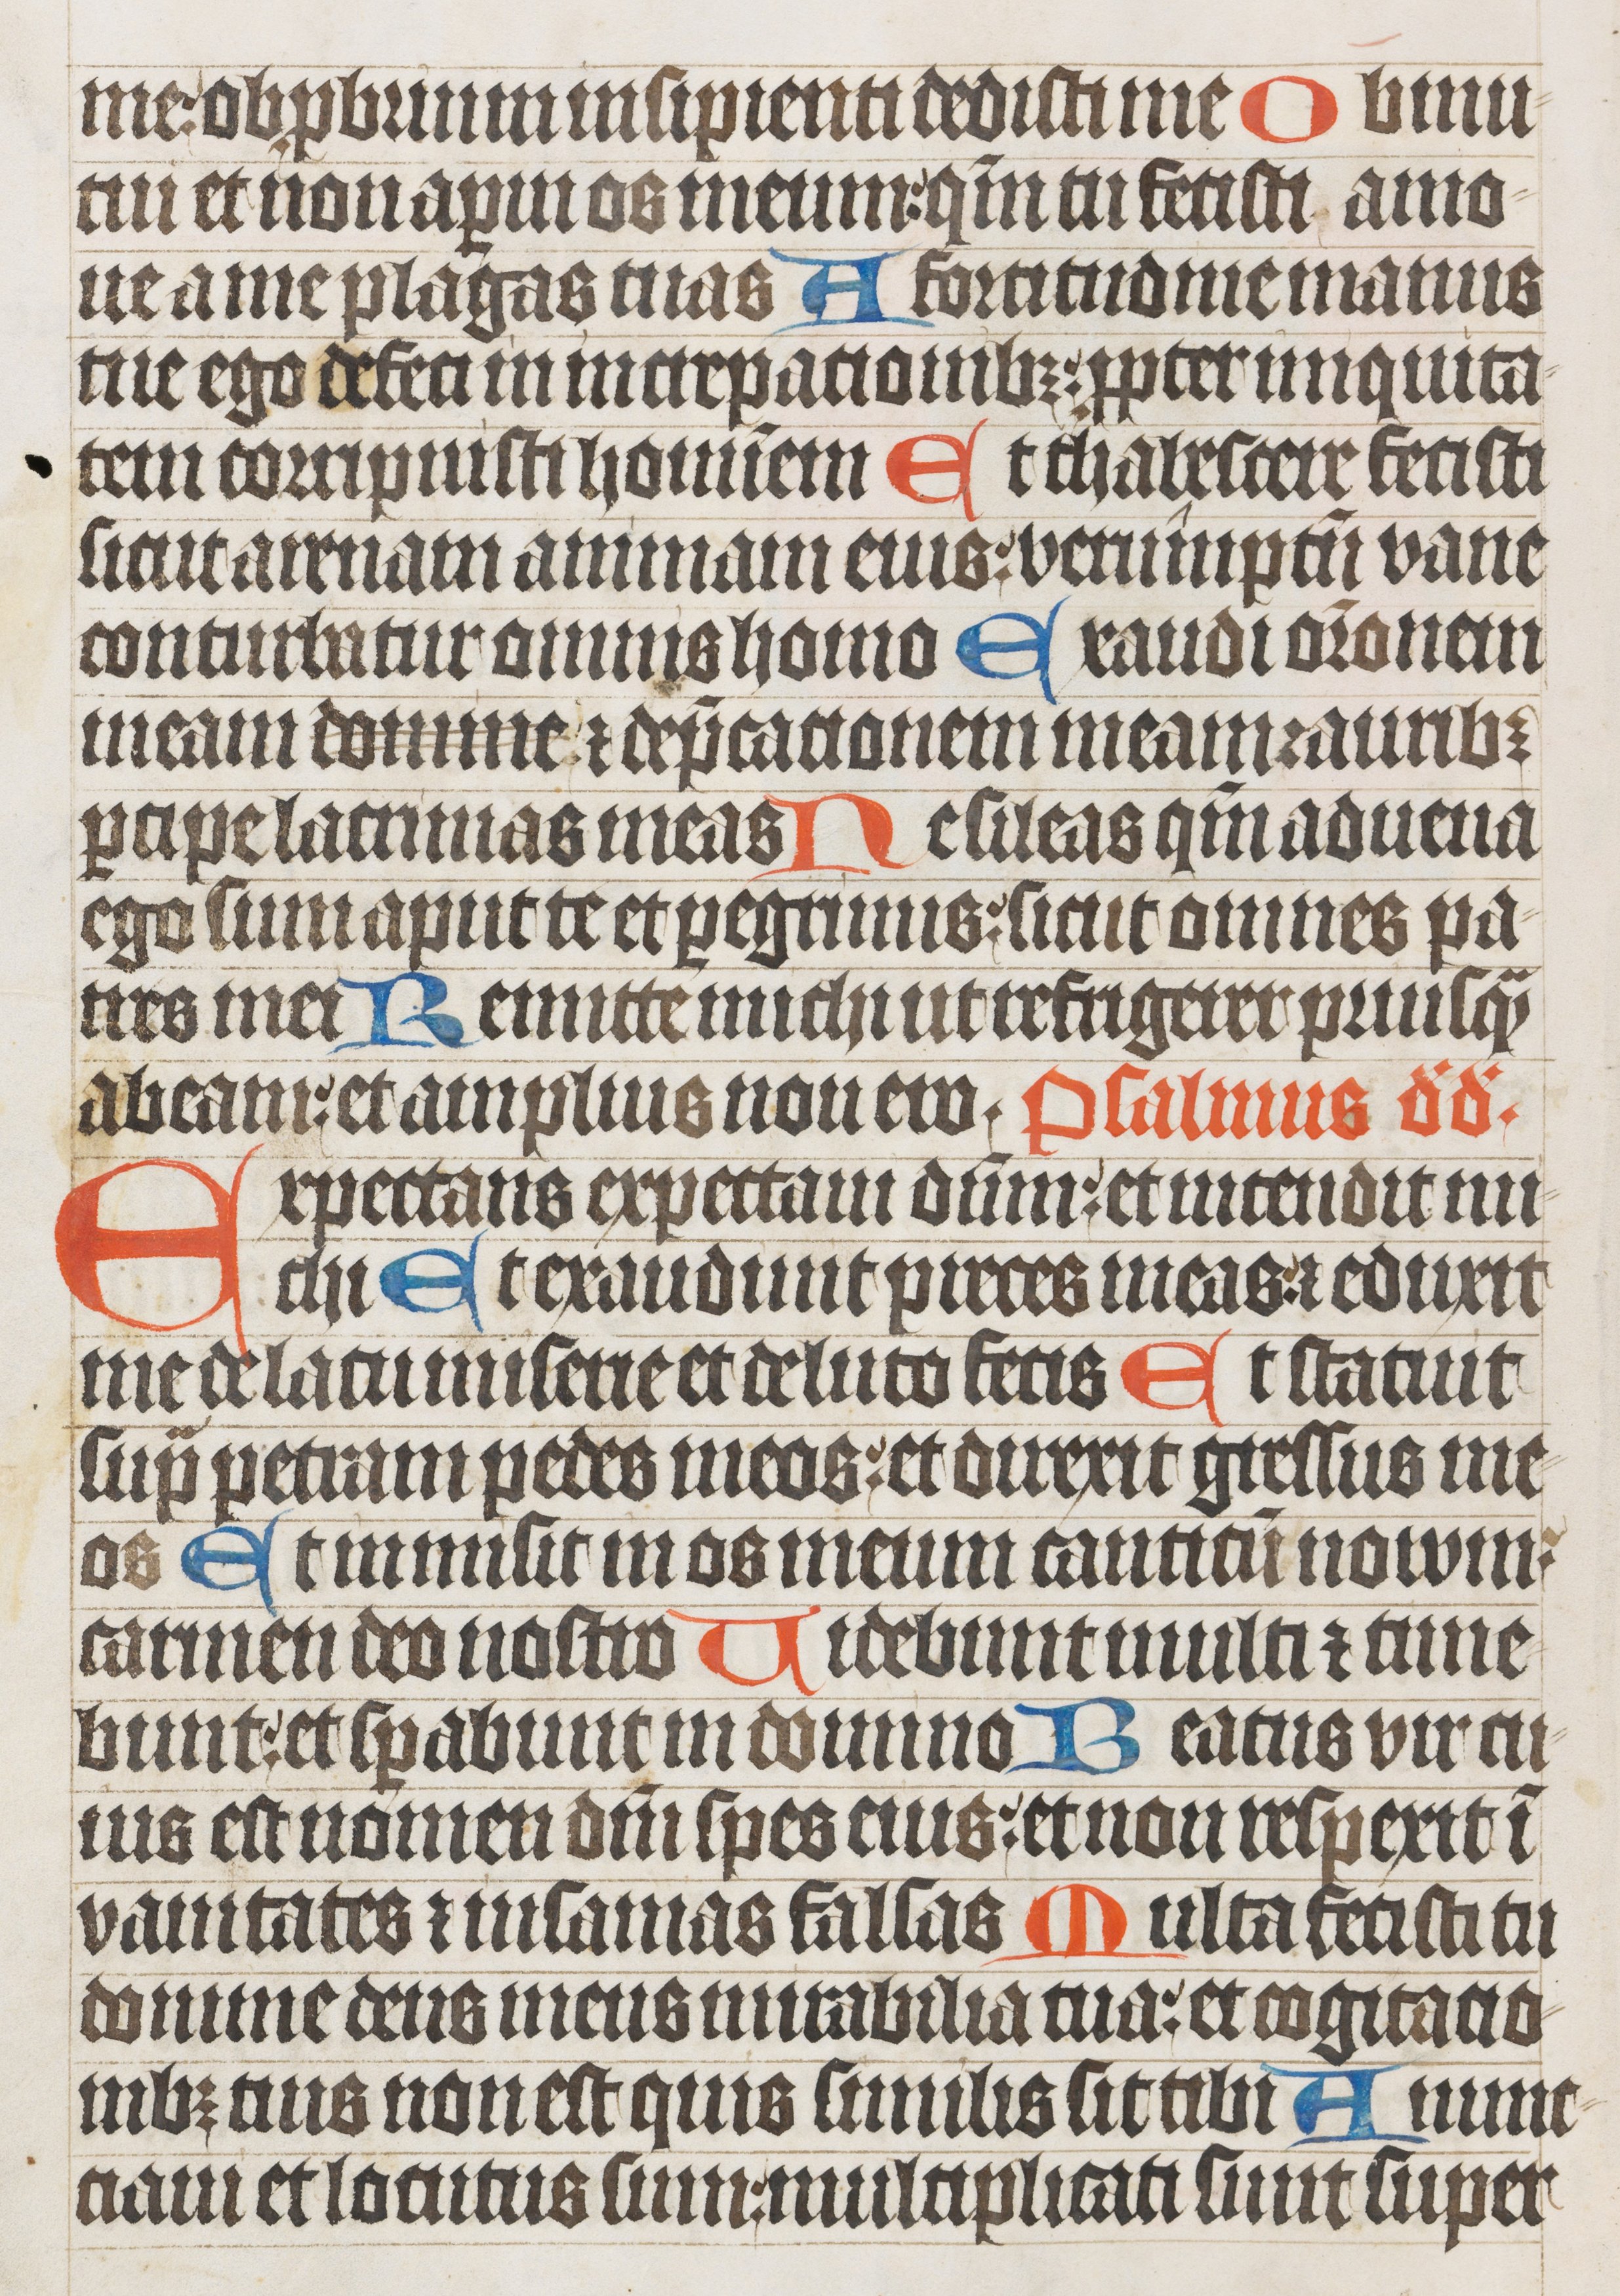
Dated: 1485–1515